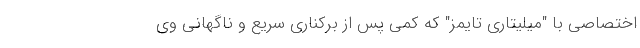
اختصاصی با "میلیتاری تایمز" که کمی پس از برکناری سریع و ناگهانی وی